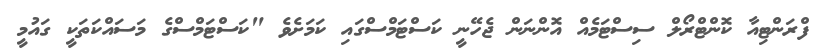
ފްރަންޓިއާ ކޮންޓްރޯލް ސިސްޓަމެއް އޮންނަން ޖެހޭނީ ކަސްޓަމްސްގައި ކަމަށެވެ "ކަސްޓަމްސްގެ މަސައްކަތަކީ ގައުމީ